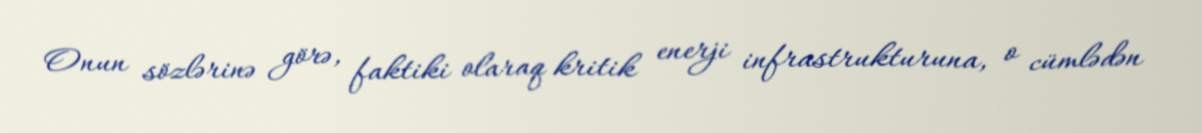
Onun sözlərinə görə, faktiki olaraq kritik enerji infrastrukturuna, o cümlədən